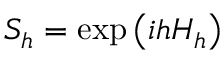
S _ { h } = \exp \left( i h H _ { h } \right)